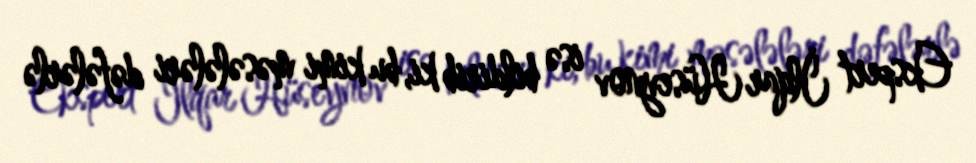
Ekspert İlqar Hüseynov isə bildirib ki, bu kimi məsələləri dəfələrlə